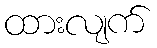
ထားလျက်